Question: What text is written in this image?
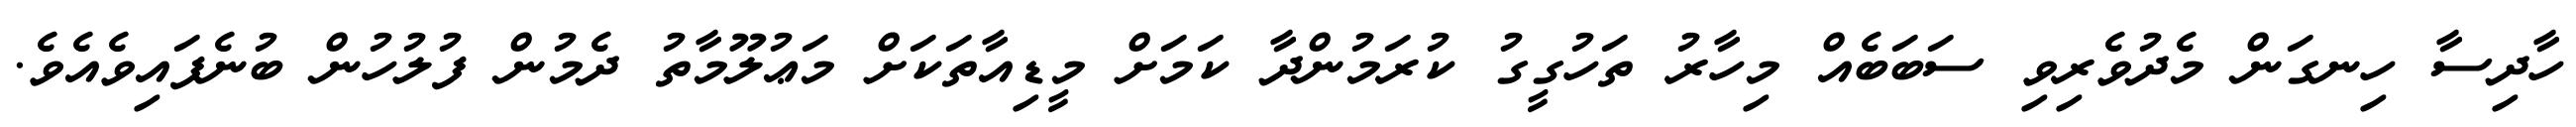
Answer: ހާދިސާ ހިނގަން މެދުވެރިވި ސަބަބެއް މިހާރު ތަހުގީގު ކުރަމުންދާ ކަމަށް މީޑިއާތަކަށް މަޢުލޫމާތު ދެމުން ފުލުހުން ބުނެފައިވެއެވެ.